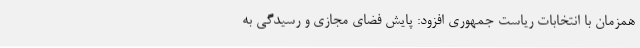
همزمان با انتخابات ریاست جمهوری افزود: پایش فضای مجازی و رسیدگی به